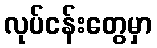
လုပ်ငန်းတွေမှာ